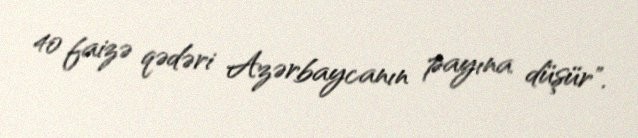
40 faizə qədəri Azərbaycanın payına düşür".